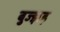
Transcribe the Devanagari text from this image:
बुज्झड़